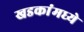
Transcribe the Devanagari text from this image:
खडकांंमध्ये